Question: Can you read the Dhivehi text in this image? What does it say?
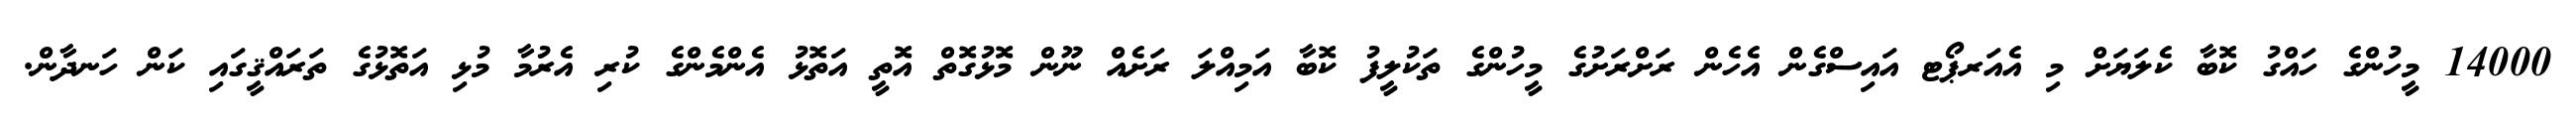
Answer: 14000 މީހުންގެ ހައްގު ކޮބާ ކެލަޔަށް މި އެއަރޕޯޓ އައިސްގެން އެހެން ރަށްރަށުގެ މީހުންގެ ތަކުލީފު ކޮބާ އަމިއްލަ ރަށެއް ނޫން މޮޅުގޮތް އޮތީ އަތޮޅު އެންމެންގެ ކުރި އެރުމާ މުޅި އަތޮޅުގެ ތަރައްޤީގައި ކަން ހަނދާން.